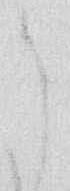
御